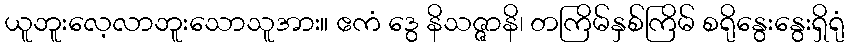
ယူဘူးလေ့လာဘူးသောသူအား။ ဧကံ ဒွေ နိသဇ္ဇာနိ၊ တကြိမ်နှစ်ကြိမ် စရိုနွေးနွေးရှိရုံ